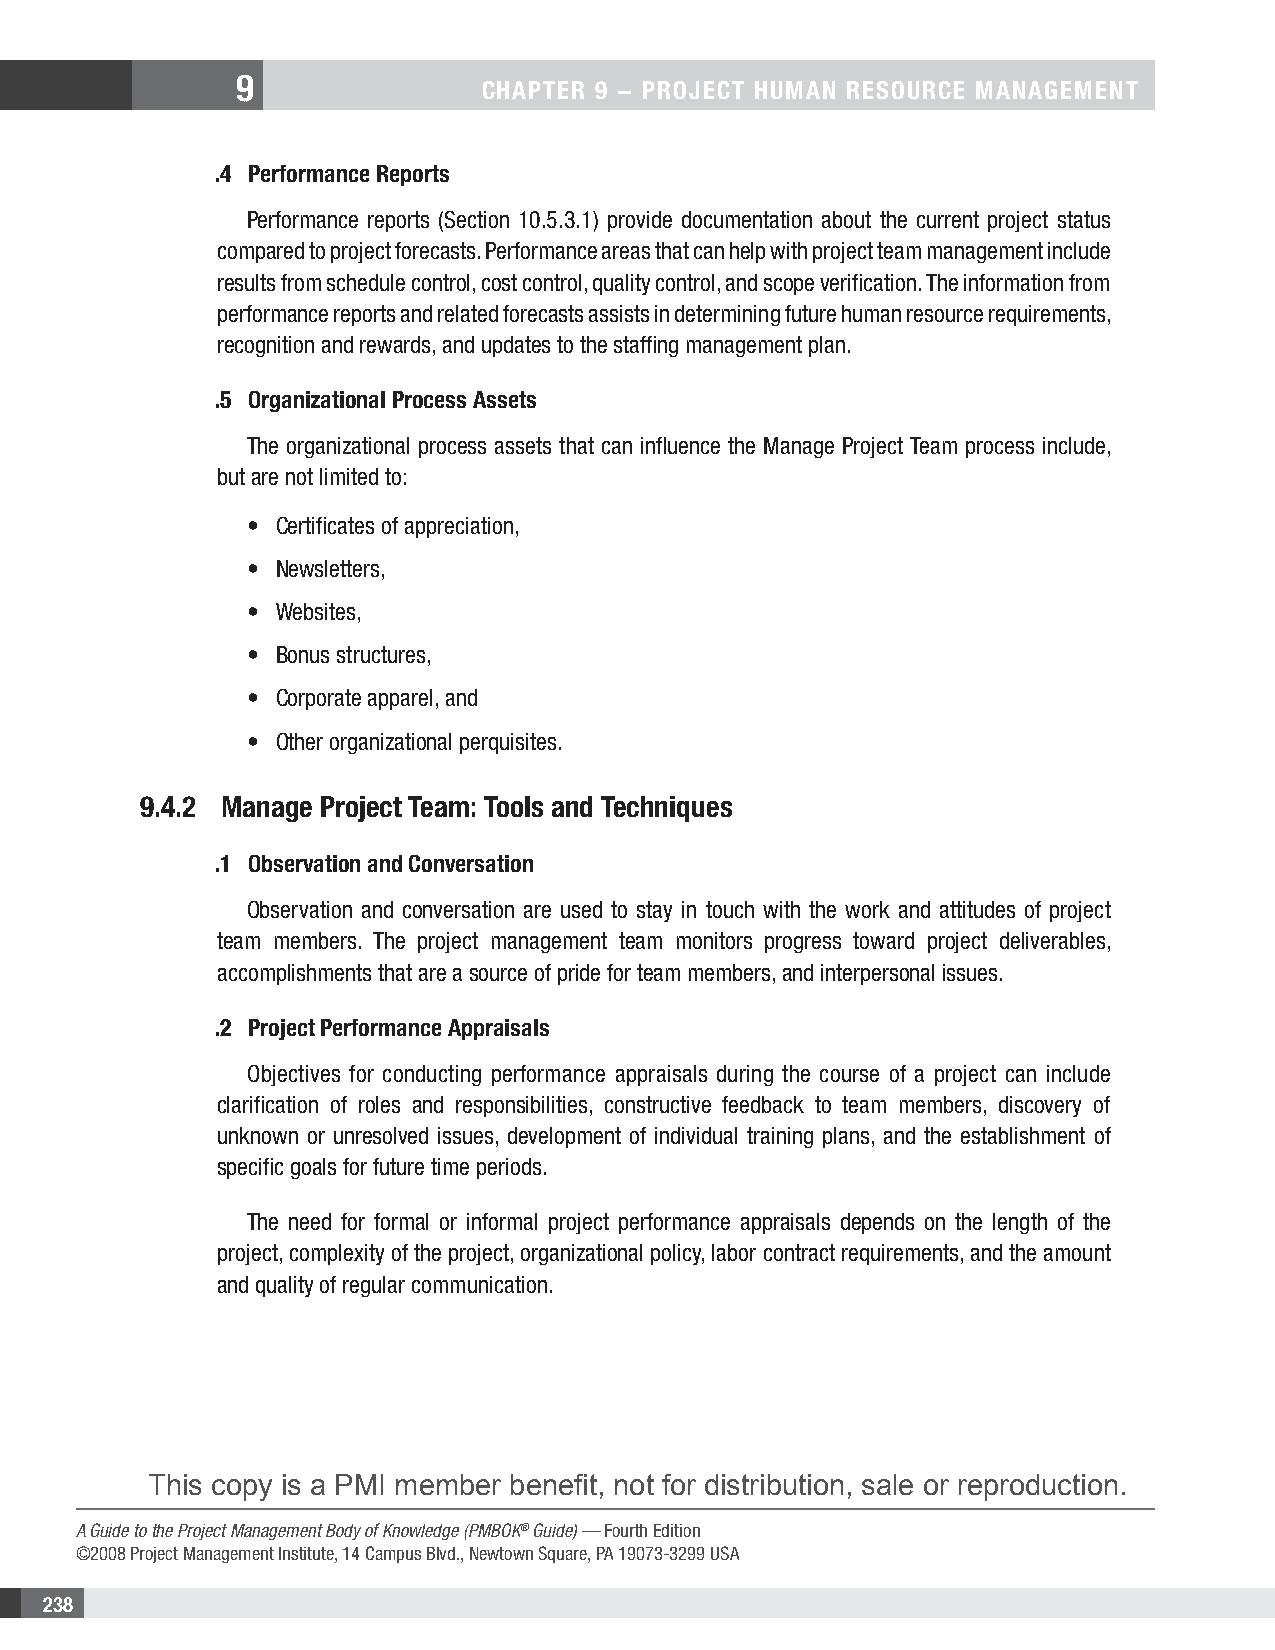
9
 CHAPTER 9 − PRojECT HuMAn REsouRCE MAnAgEMEnT
 .4 Performance Reports
 Performance reports (Section 10.5.3.1) provide documentation about the current project status
 compared to project forecasts. Performance areas that can help with project team management include
 results from schedule control, cost control, quality control, and scope verification. The information from
 performance reports and related forecasts assists in determining future human resource requirements,
 recognition and rewards, and updates to the staffing management plan.
 .5 organizational Process Assets
 The organizational process assets that can influence the Manage Project Team process include,
 but are not limited to:
 • Certificates of appreciation,
 • Newsletters,
 • Websites,
 • Bonus structures,
 • Corporate apparel, and
 • Other organizational perquisites.
 9.4.2 Manage Project Team: Tools and Techniques
 .1 observation and Conversation
 Observation and conversation are used to stay in touch with the work and attitudes of project
 team members. The project management team monitors progress toward project deliverables,
 accomplishments that are a source of pride for team members, and interpersonal issues.
 .2 Project Performance Appraisals
 Objectives for conducting performance appraisals during the course of a project can include
 clarification of roles and responsibilities, constructive feedback to team members, discovery of
 unknown or unresolved issues, development of individual training plans, and the establishment of
 specific goals for future time periods.
 The need for formal or informal project performance appraisals depends on the length of the
 project, complexity of the project, organizational policy, labor contract requirements, and the amount
 and quality of regular communication.
 This copy is a PMI member benefit, not for distribution, sale or reproduction.
 A Guide to the Project Management Body of Knowledge (PMBOK® Guide) — Fourth Edition
 ©2008 Project Management Institute, 14 Campus Blvd., Newtown Square, PA 19073-3299 USA
 238